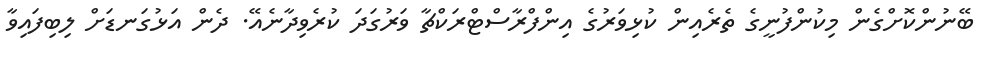
ބޭނުންކޮށްގެން މިކުންފުނީގެ ތެރެއިން ކުޅިވަރުގެ އިންފްރާސްޓްރަކްޗާ ވަރުގަދަ ކުރެވިދާނެއޭ. ދެން އަޅުގަނޑަށް ލިބިފައިވާ